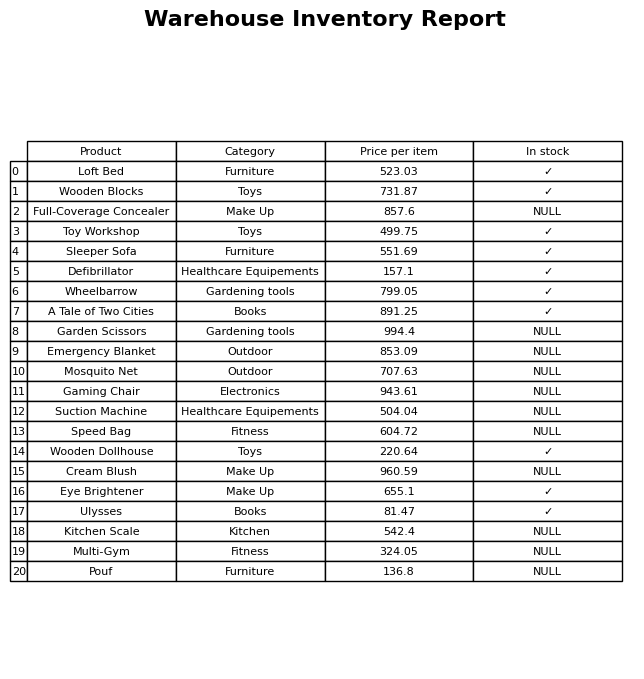
question: Which products are available in stock?
answer: Loft Bed, Wooden Blocks, Toy Workshop, Sleeper Sofa, Defibrillator, Wheelbarrow, A Tale of Two Cities, Wooden Dollhouse, Eye Brightener, Ulysses